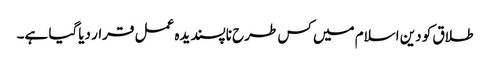
طلاق کو دین اسلام میں کس طرح ناپسندیدہ عمل قرار دیاگیا ہے۔